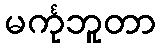
မင်္ကုဘူတာ